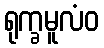
ရုက္ခမူလံဝ